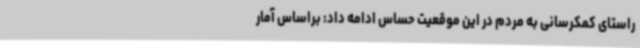
راستای کمکرسانی به مردم در این موقعیت حساس ادامه داد: براساس آمار